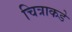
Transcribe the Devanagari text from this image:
चित्राकडे